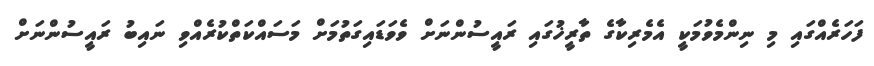
ފަހަރެއްގައި މި ނިންމެވުމަކީ އެމެރިކާގެ ތާރީޚުގައި ރައީސުންނަށް ވެވަޑައިގަތުމަށް މަސައްކަތްކުރެއްވި ނައިބު ރައީސުންނަށް